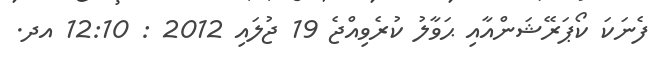
ފެނަކަ ކޯޕަރޭޝަންއާއި ޙަވާލު ކުރެވިއްޖެ 19 ޖުލައި 2012 : 12:10 އދ.